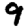
Digit: 9